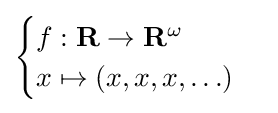
{\begin{cases}f:\mathbf {R} \to \mathbf {R} ^{\omega }\\x\mapsto (x,x,x,\ldots )\end{cases}}